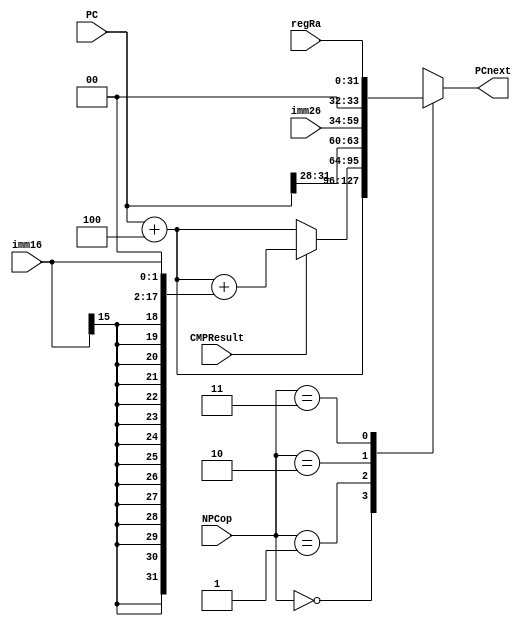
`timescale 1ns / 1ps
//////////////////////////////////////////////////////////////////////////////////
// Company: 
// Engineer: 
// 
// Design Name: 
// Module Name:    NPC 
// Project Name: 
// Target Devices: 
// Tool versions: 
// Description: 
//
// Dependencies: 
//
// Revision: 
// Revision 0.01 - File Created
// Additional Comments: 
//
//////////////////////////////////////////////////////////////////////////////////
module NPC(
    input [25:0] imm26,
    input [15:0] imm16,
    input [31:0] regRa,
    input [31:0] PC,
    input [1:0] NPCop,
    input CMPResult,
    output reg [31:0] PCnext
    );
	 
	 always @(*) begin
	     case(NPCop)
		      2'b00: PCnext = PC + 32'd4;
				2'b01: PCnext = (CMPResult == 1'b1) ? (PC + 4 + {{14{imm16[15]}},imm16,2'b00}) : PC + 32'd4;
				2'b10: PCnext = {PC[31:28], imm26, 2'b00};
				2'b11: PCnext = regRa;
				default: PCnext = PC + 32'd4;
		  endcase
	 end


endmodule